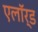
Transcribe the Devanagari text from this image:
एलॉर्ड